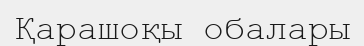
Қарашоқы обалары